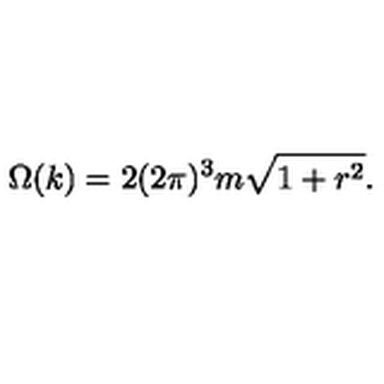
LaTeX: \Omega ( k ) = 2 ( 2 \pi ) ^ { 3 } m \sqrt { 1 + r ^ { 2 } } .